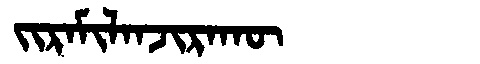
Manchu: ᠵᡳᡵᠠᠮᡳᠯᠠᠨᠵᡳᡵᠠᡴᡡ
Romanization: JIRAMILANJIRAKŪ